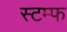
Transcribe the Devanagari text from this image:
स्टम्फ